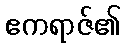
ဧကရာဇ်၏